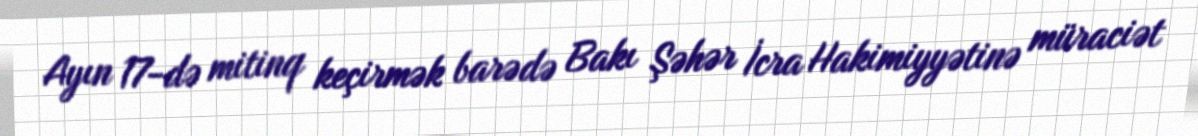
Ayın 17-də mitinq keçirmək barədə Bakı Şəhər İcra Hakimiyyətinə müraciət